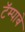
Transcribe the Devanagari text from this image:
टॅम्पाबे